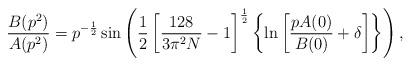
LaTeX: \begin{align*}\frac{B(p^{2})}{A(p^{2})}=p^{-\frac{1}{2}}\sin\left(\frac{1}{2}\left[ \frac{128}{3\pi^{2}N}-1\right]^{\frac{1}{2}}\left\{\ln \left[\frac{pA(0)}{B(0)}+\delta\right]\right\}\right),\end{align*}